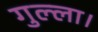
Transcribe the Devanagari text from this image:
गुल्ला।